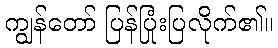
ကျွန်တော် ပြန်ပြုံးပြလိုက်၏။